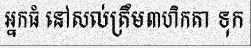
អ្នកធំ នៅសល់ត្រឹម៣ហិកតា ទុក